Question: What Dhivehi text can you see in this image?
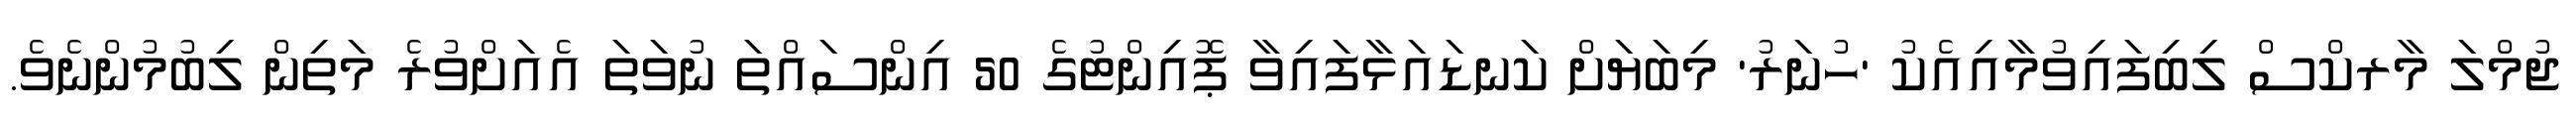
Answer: ޖުމްލަ މާރކްސް ލިބިފައިވުމާއިއެކު 'ހުނަރު' މިބަޔަށް ކަނޑައަޅާފައިވާ ޕޮއިންޓުގެ 50 އިންސައްތަ ނުވަތަ އެއަށްވުރެ މަތިން ލިބުމުންނެވެ.